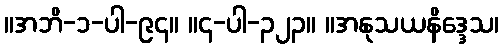
။အဘိ-၁-ပါ-၉၄။ ။၄-ပါ-၃၂၃။ ။အနုသယနိဒ္ဒေသ၊